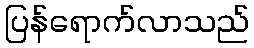
ပြန်ရောက်လာသည်